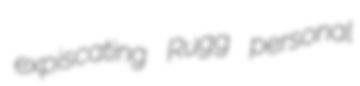
expiscating Rugg personal